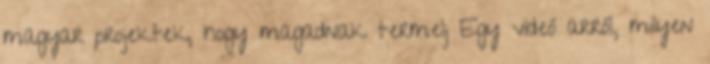
magyar projektek, hogy magadnak termelj Egy videó arról, milyen